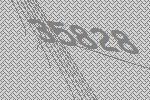
35828